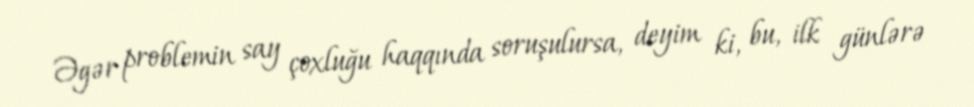
Əgər problemin say çoxluğu haqqında soruşulursa, deyim ki, bu, ilk günlərə